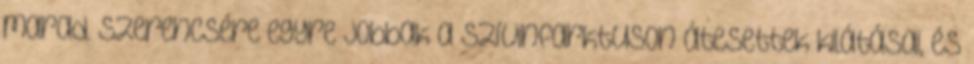
marad. Szerencsére egyre jobbak a szívinfarktuson átesettek kilátásai, és